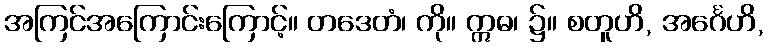
အကြင်အကြောင်းကြောင့်။ တဒေတံ၊ ကို။ ဣဓ၊ ၌။ စတူဟိ, အင်္ဂေဟိ,